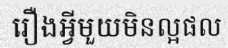
រឿងអ្វីមួយមិនល្អផល